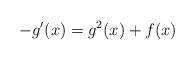
LaTeX: \begin{align*}-g'(x) = g^2(x) + f(x)\end{align*}